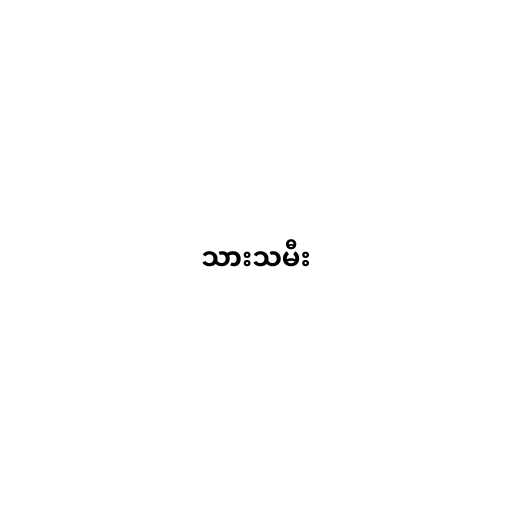
သားသမီး